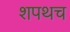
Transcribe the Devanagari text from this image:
शपथच